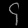
Digit: ၄